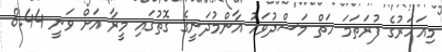
މިއަހަރުގެ ފުރަތަމަ ހަތް މަސްދުވަހު އާންމުދަނީގެ ގޮތުގައި މީރާ އަށް ވަނީ 8.44